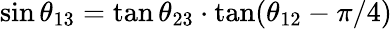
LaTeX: \sin\theta_{13}=\tan\theta_{23}\cdot\tan(\theta_{12}-\pi/4)